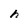
Character: h